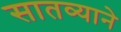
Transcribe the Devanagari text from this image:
सातव्याने